65_HS1-834228961_62-HQ-83894_Section_2
Agency: FBI
Page 5
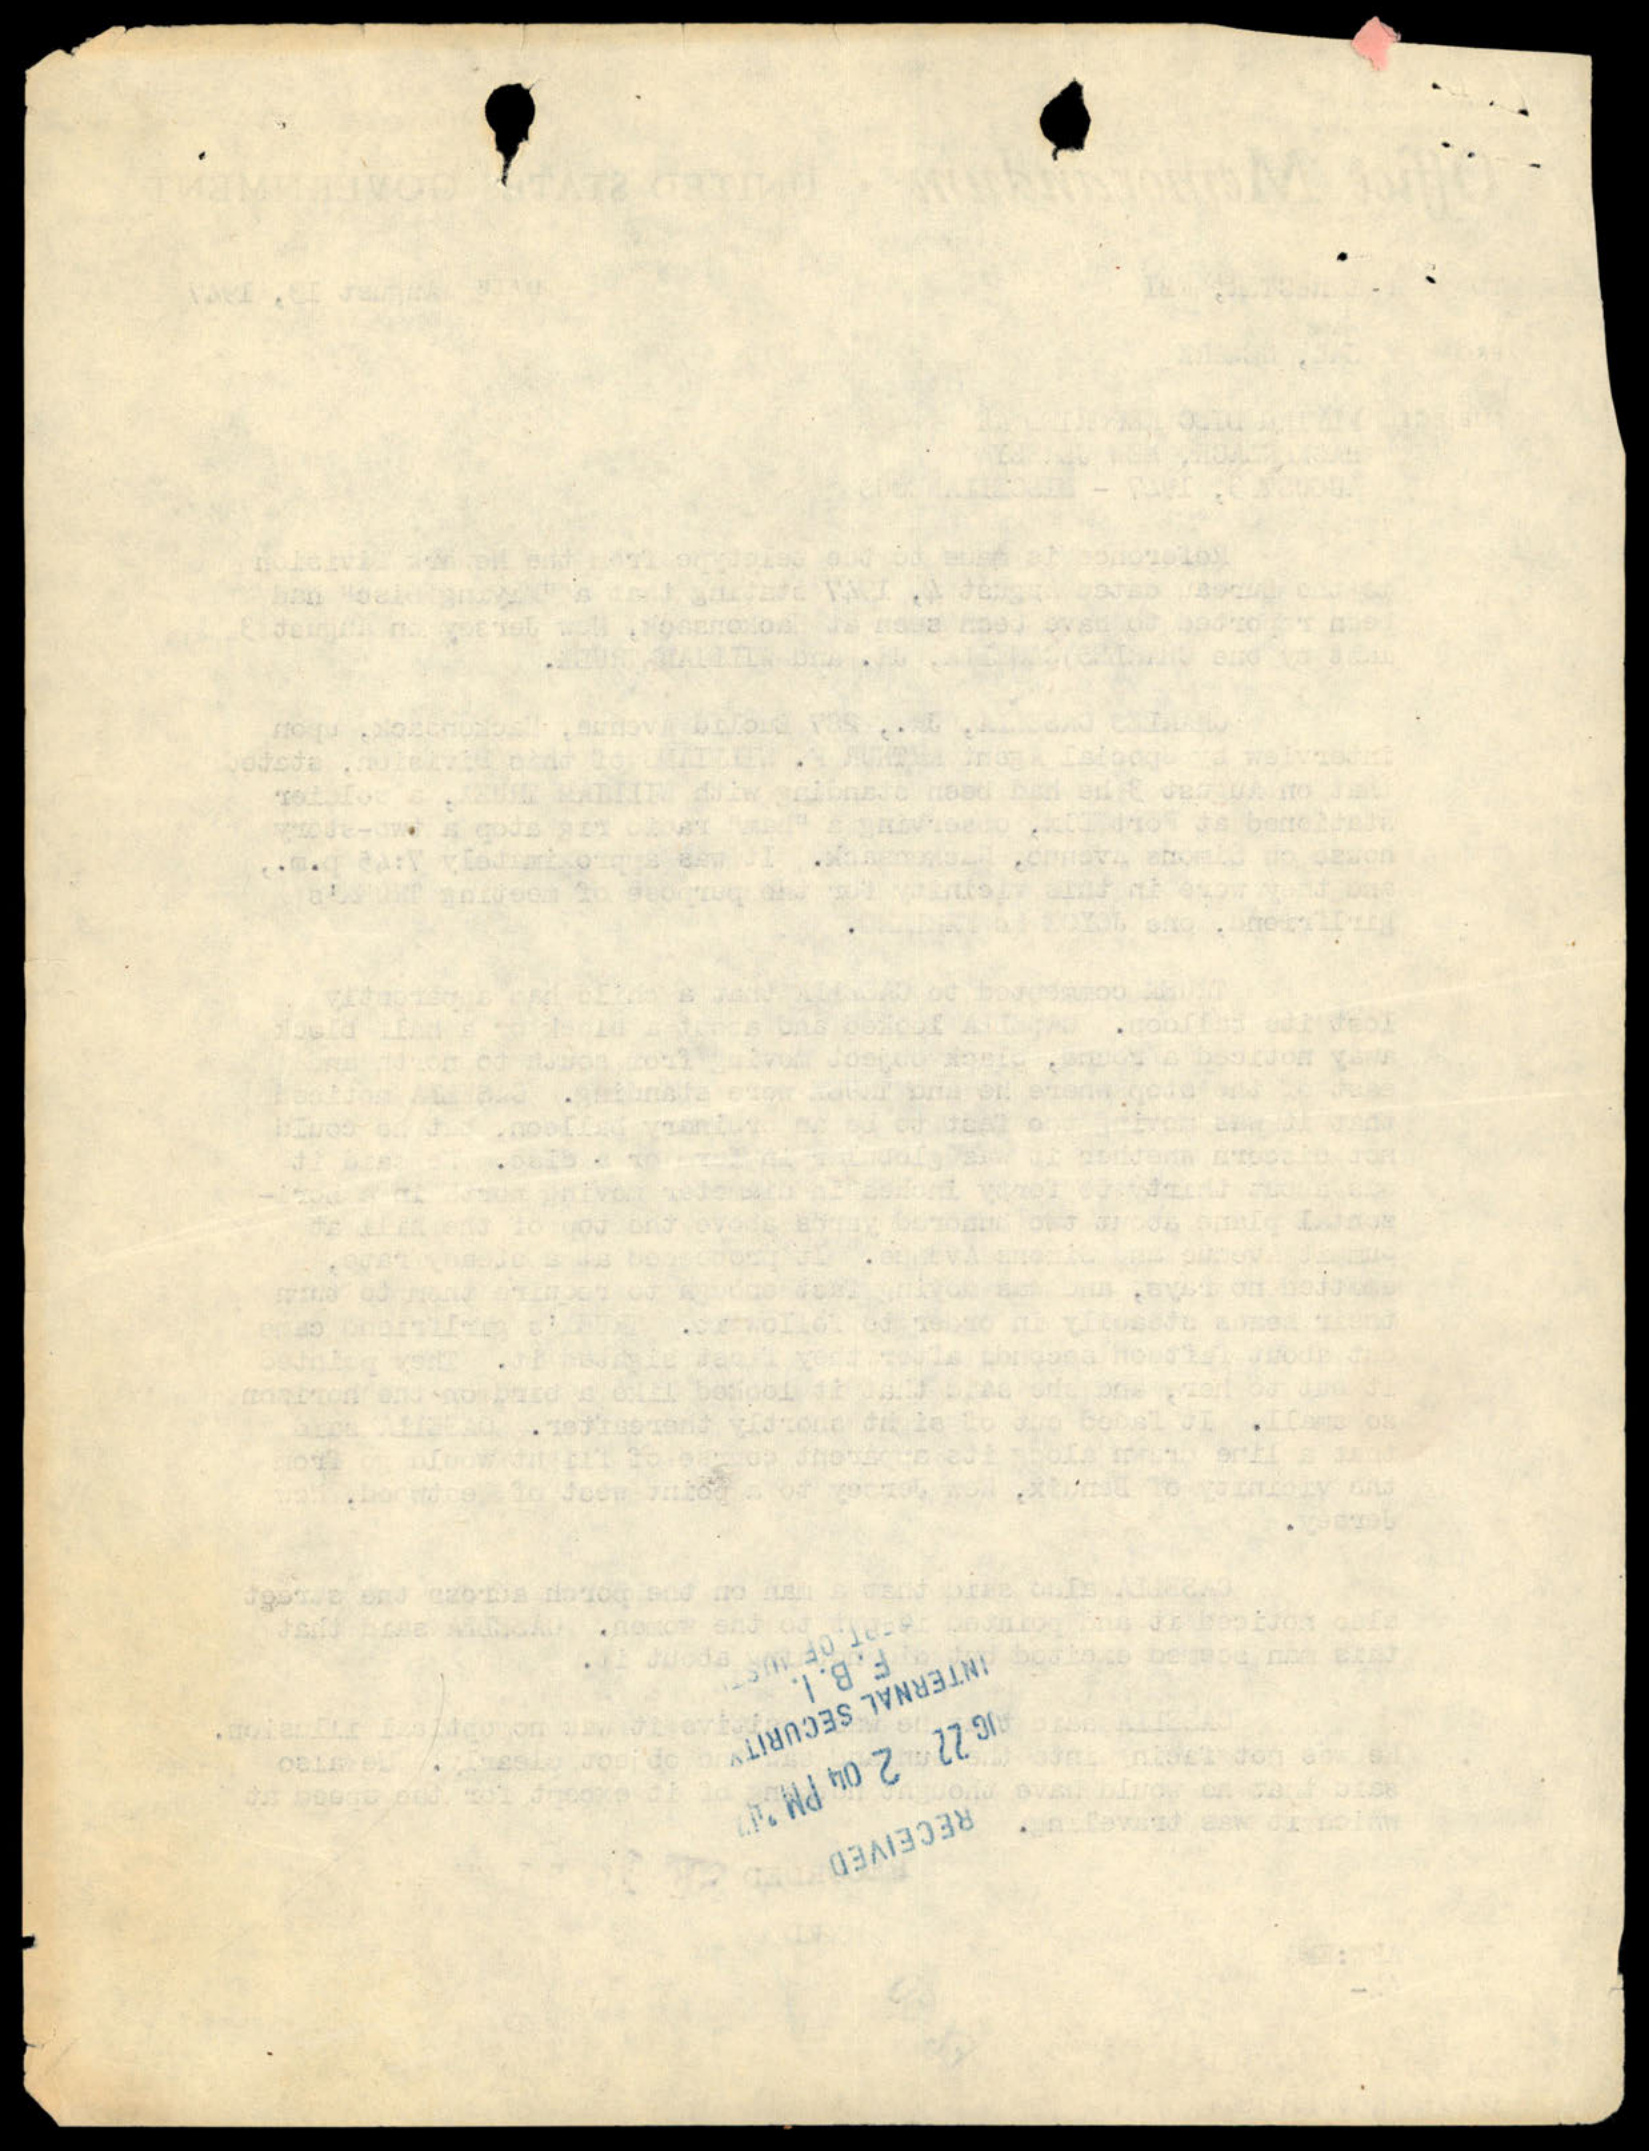